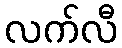
လက်လီ